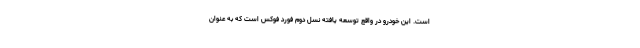
است. این خودرو در واقع توسعه یافته نسل دوم فورد فوکس است که به عنوان